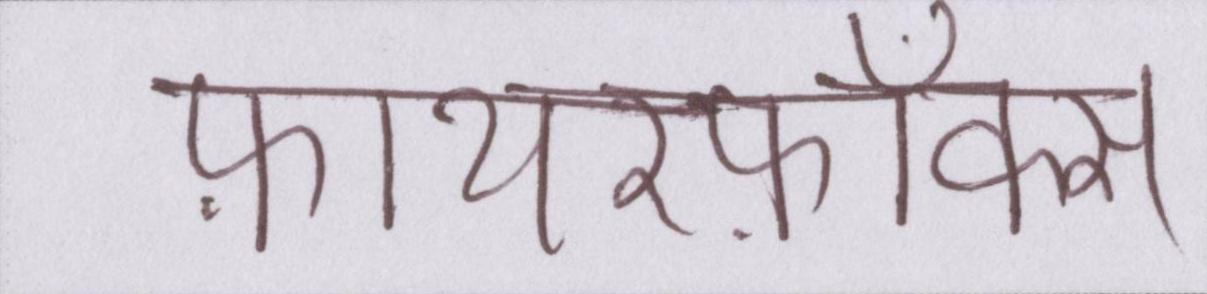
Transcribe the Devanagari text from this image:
फ़ायरफ़ॉक्स